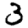
Digit: 3